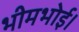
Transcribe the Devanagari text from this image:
भीमभोई।